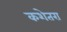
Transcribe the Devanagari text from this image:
कशेतरा